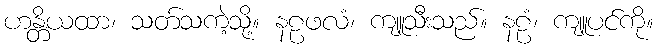
ဟန္တိယထာ၊ သတ်သကဲ့သို့။ နဠဖလံ၊ ကျူသီးသည်။ နဠံ၊ ကျူပင်ကို။